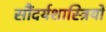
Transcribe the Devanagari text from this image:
सौंदर्यशास्त्रियों